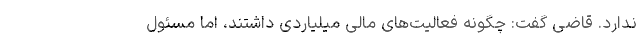
ندارد. قاضی گفت: چگونه فعالیت‌های مالی میلیاردی داشتند، اما مسئول